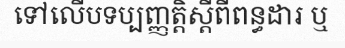
ទៅលើបទប្បញ្ញត្តិស្តីពីពន្ធដារ ឬ